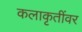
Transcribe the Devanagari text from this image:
कलाकृतींवर